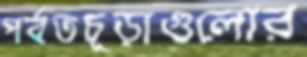
পর্বতচূড়াগুলোর